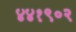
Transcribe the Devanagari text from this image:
४४१९०२